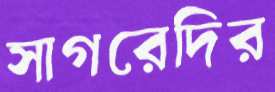
সাগরেদির